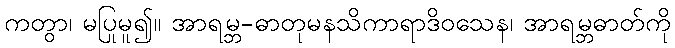
ကတွာ၊ မပြုမူ၍။ အာရမ္ဘ-ဓာတုမနသိကာရာဒိဝသေန၊ အာရမ္ဘဓာတ်ကို